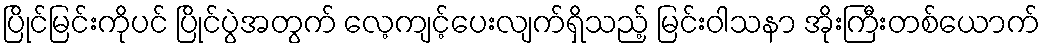
ပြိုင်မြင်းကိုပင် ပြိုင်ပွဲအတွက် လေ့ကျင့်ပေးလျက်ရှိသည့် မြင်းဝါသနာ အိုးကြီးတစ်ယောက်